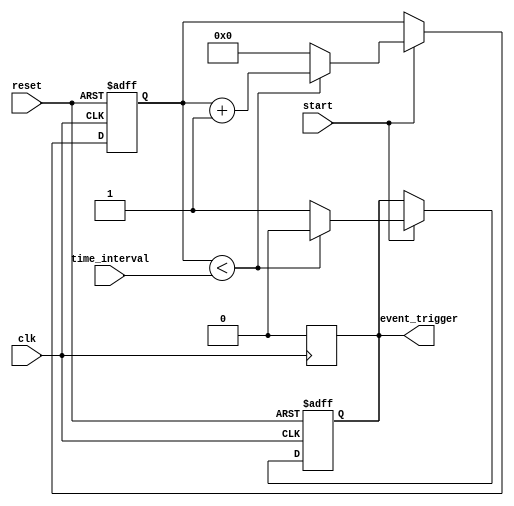
module timer_event_control (
    input wire clk,                // Clock signal
    input wire reset,              // Asynchronous reset
    input wire [31:0] time_interval, // Time interval in clock cycles
    input wire start,              // Start signal
    output reg event_trigger       // Event trigger output
);

    reg [31:0] counter;            // Internal counter

    // Asynchronous reset and counter logic
    always @(posedge clk or posedge reset) begin
        if (reset) begin
            counter <= 32'b0;       // Reset counter to zero
            event_trigger <= 1'b0;  // Hold event trigger low
        end else if (start) begin
            if (counter < time_interval) begin
                counter <= counter + 1; // Increment counter
                event_trigger <= 1'b0; // Keep event trigger low
            end else begin
                event_trigger <= 1'b1; // Trigger event
                counter <= 32'b0;      // Reset counter after triggering
            end
        end
    end

    // Reset event_trigger after one clock cycle
    always @(posedge clk) begin
        if (event_trigger) begin
            event_trigger <= 1'b0; // Reset event trigger for one clock cycle
        end
    end

endmodule